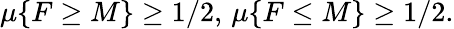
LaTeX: \mu\{ F\geq M\} \geq 1/2,\, \mu\{ F\leq M\} \geq 1/2.